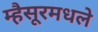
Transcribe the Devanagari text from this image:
म्हैसूरमधले